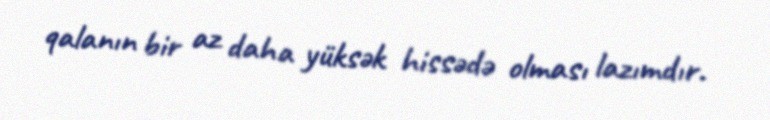
qalanın bir az daha yüksək hissədə olması lazımdır.